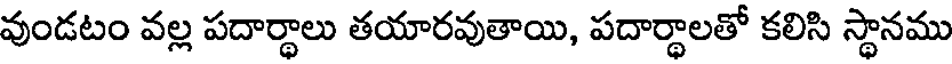
వుండటం వల్ల పదార్థాలు తయారవుతాయి, పదార్థాలతో కలిసి స్థానము